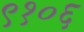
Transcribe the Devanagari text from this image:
९१०६